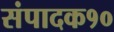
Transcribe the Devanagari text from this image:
संपादक१०